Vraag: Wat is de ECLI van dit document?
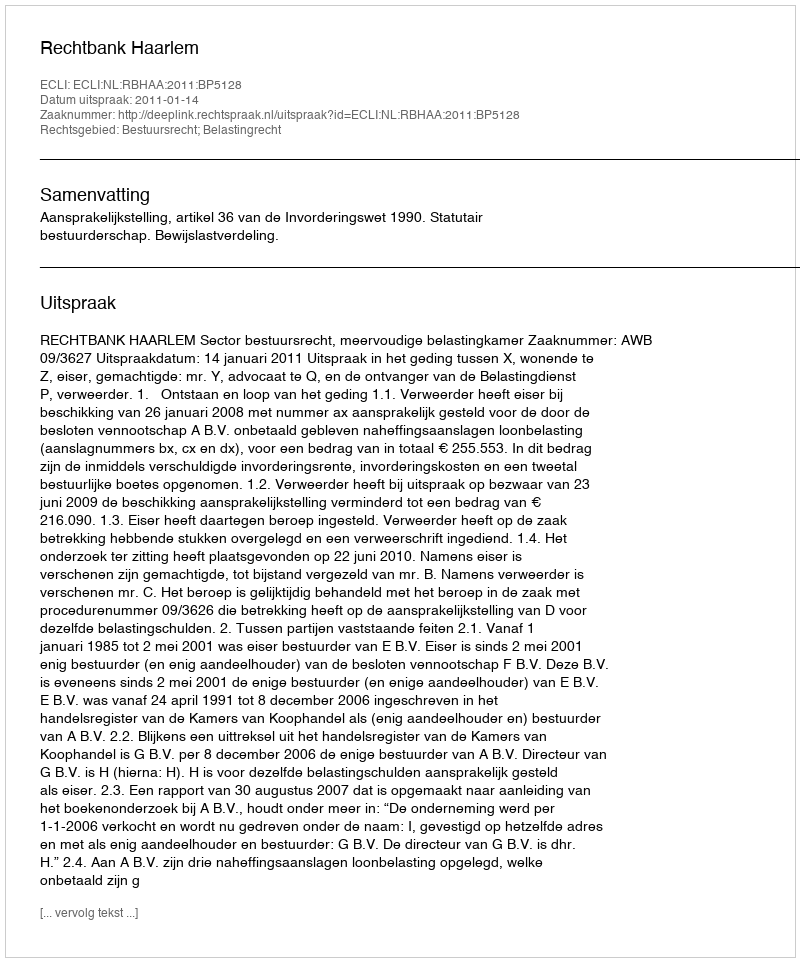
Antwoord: ECLI:NL:RBHAA:2011:BP5128